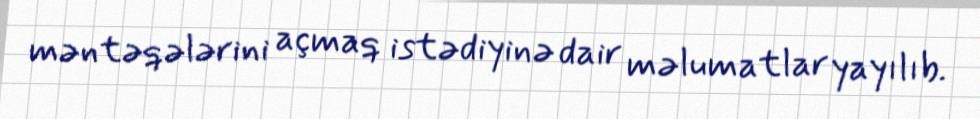
məntəqələrini açmaq istədiyinə dair məlumatlar yayılıb.